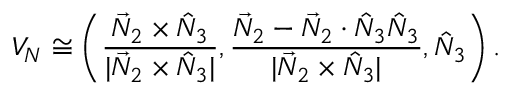
V _ { N } \cong \left( \frac { \vec { N } _ { 2 } \times \hat { N } _ { 3 } } { | \vec { N } _ { 2 } \times \hat { N } _ { 3 } | } , \frac { \vec { N } _ { 2 } - \vec { N } _ { 2 } \cdot \hat { N } _ { 3 } \hat { N } _ { 3 } } { | \vec { N } _ { 2 } \times \hat { N } _ { 3 } | } , \hat { N } _ { 3 } \right) .